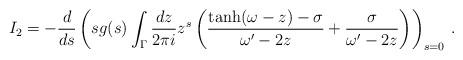
LaTeX: \begin{align*}I_2=-\frac{d}{ds}\left(sg(s)\int_\Gamma\frac{dz}{2\pi i}z^s\left(\frac{\tanh(\omega-z)-\sigma}{\omega^\prime-2z}+\frac{\sigma}{\omega^\prime-2z}\right)\right)_{s=0}\,.\end{align*}